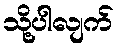
သို့ပါလျက်